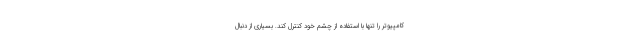
کامپیوتر را تنها با استفاده از چشم خود کنترل کند. بسیاری از دنبال